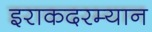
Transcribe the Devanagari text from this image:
इराकदरम्यान